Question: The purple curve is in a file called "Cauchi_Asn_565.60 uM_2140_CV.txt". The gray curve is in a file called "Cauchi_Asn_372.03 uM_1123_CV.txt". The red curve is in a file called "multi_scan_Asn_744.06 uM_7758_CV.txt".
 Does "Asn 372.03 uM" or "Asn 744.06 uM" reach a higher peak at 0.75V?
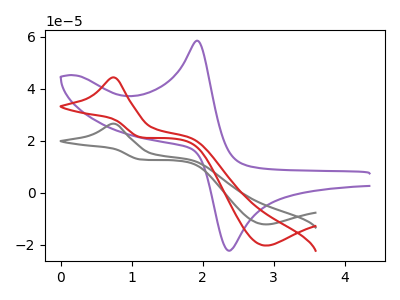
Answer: <think>The purple curve "Asn 565.60 uM" has an anodic peak at (1.90V, 58.50uA) and a cathodic peak at (2.40V, -22.25uA). The gray curve "Asn 372.03 uM" has an anodic peak at (0.75V, 26.55uA) and a cathodic peak at (2.90V, -12.15uA). The red curve "Asn 744.06 uM" has an anodic peak at (0.75V, 44.35uA) and a cathodic peak at (2.90V, -20.30uA).</think>
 <answer>The peak at 0.75V is lower in "Asn 372.03 uM" than in "Asn 744.06 uM".</answer>
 <eval>lower</eval>